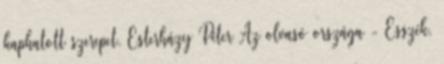
kaphatott szerepet. Esterházy Péter Az olvasó országa - Esszék,